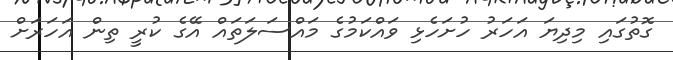
ގޮތުގައި މިދިޔަ އަހަރު ހުށަހެޅި ވައްކަމުގެ މައްސަލަތައް އޭގެ ކުރީ ތިން އަހަރަށް